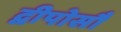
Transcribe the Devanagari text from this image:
द्वीपोसौ